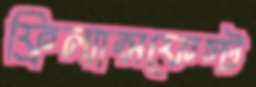
ফ্রিল্যান্সফেস্ট